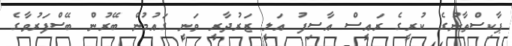
ޕާކިސްތާނުގެ ކުރީގެ ރައީސް އާސިފު އަލީ ޒަރުދާރީ ވަނީ ގައުމުން ބޭރުން ބޭސްފަރުވާގެ